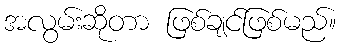
အလွမ်းဆိုတာ ဖြစ်ချင်ဖြစ်မည်။